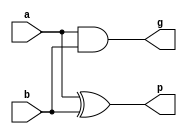
module pg_gen(
    a,b,g,p
);
input a;
input b;
output g;
output p;

assign g = a & b;   // carry 
assign p = a ^ b;   // sum 

endmodule